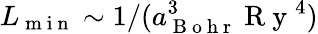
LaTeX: L_{\mathrm{~m~i~n~}}\sim 1/(a_{\mathrm{~B~o~h~r~}}^{3}\mathrm{~R~y~}^{4})